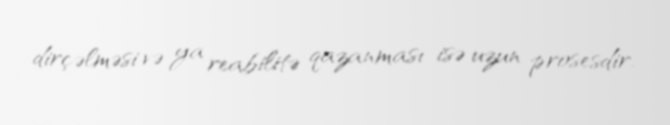
dirçəlməsi və ya reabilitə qazanması isə uzun prosesdir.